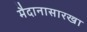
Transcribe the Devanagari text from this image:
मैदानासारखा